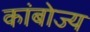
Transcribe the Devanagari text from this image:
कांबोज्य